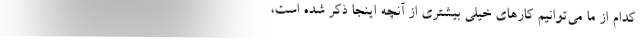
کدام از ما می‌توانیم کارهای خیلی بیشتری از آنچه اینجا ذکر شده است،